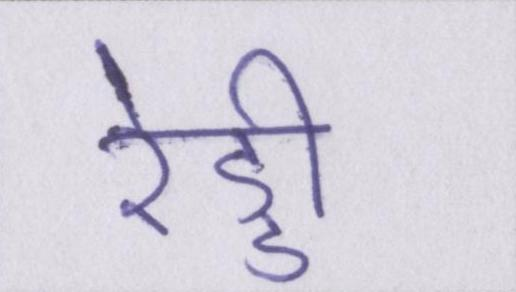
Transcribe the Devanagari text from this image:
रेड्डी